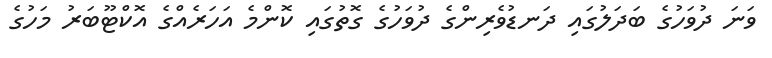
ވަނަ ދުވަހުގެ ބަދަލުގައި ދަނޑުވެރިންގެ ދުވަހުގެ ގޮތުގައި ކޮންމެ އަހަރެއްގެ އޮކްޓޫބަރު މަހުގެ